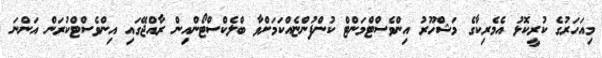
މިއަހަރުގެ ކުރީކޮޅު އެމެރިކާގެ މަޝްހޫރު އިންވެސްޓްމަންޓް ކުންފުންޏެއްކަމަށްވާ ބްލެކްސްޓޯންއިން ރާއްޖޭގައި އިންވެސްޓްކުރަން އަންނަ